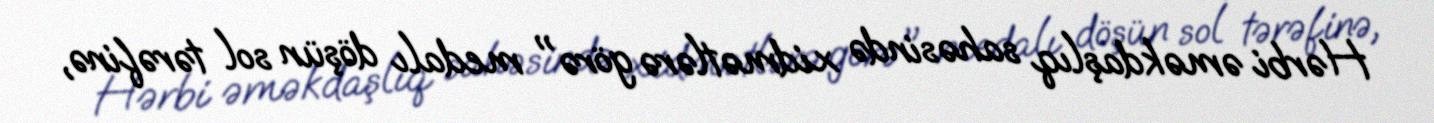
Hərbi əməkdaşlıq sahəsində xidmətlərə görə" medalı döşün sol tərəfinə,